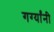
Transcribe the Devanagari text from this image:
गर्ग्यांनी